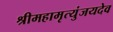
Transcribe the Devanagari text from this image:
श्रीमहामृत्युंजयदेव